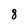
Character: 8